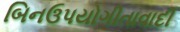
બિનઉપયોગીતાવાદી